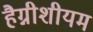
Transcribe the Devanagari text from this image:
हैग्नीशीयम